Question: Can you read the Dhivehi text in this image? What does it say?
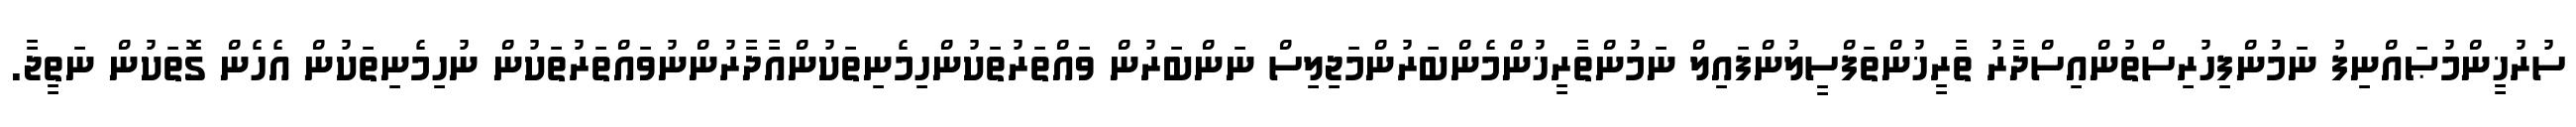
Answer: ސުރުޚީންމުޞައްނިފު ނަމުންފިހުރިސްތުންއިސްދާރު ތާރީޚުންތަފްސީލުންފައިލް ނަމުންތާރީޚުންމެންބަރުންމަޖިލިސް ނަންބަރުން ވައްތަރުތަކުންހިމެނިތަކުންއާދާރުންނުވައްތަރުތަކުން ނުހިމެނިތަކުން އެހެން ގޮތަކުން ނަތީޖާ.